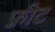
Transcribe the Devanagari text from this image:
फ़्रीट